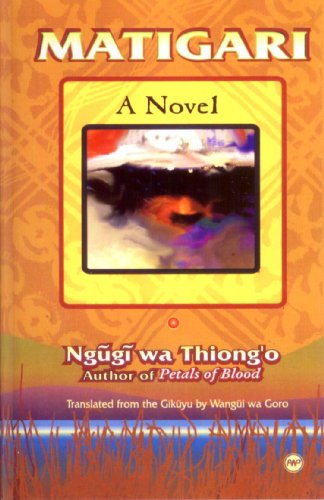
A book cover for Matigari A Novel; Ngugi wa Thiong'o; Literature & Fiction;